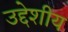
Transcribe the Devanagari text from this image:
उद्देशीय